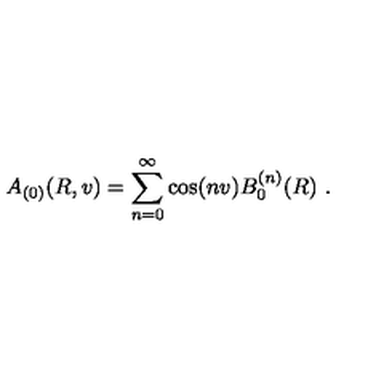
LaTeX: A _ { ( 0 ) } ( R , v ) = \sum _ { n = 0 } ^ { \infty } \cos ( n v ) B _ { 0 } ^ { ( n ) } ( R ) \ .